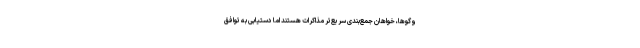
وگوها، خواهان جمع‌بندی سریع‌تر مذاکرات هستند اما دستیابی به توافق